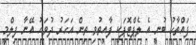
ފައްތާހު ބުނީ އެ ލެޕްޓޮޕަކީ ފާއިތުވި ތިން އަަހަރު ދުވަހު އޭނާ ފިލްމީ